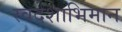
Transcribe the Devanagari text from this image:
स्वदेशाभिमान